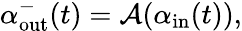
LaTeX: \alpha_{\mathrm{out}}^{-}(t)=\mathcal{A}(\alpha_{\mathrm{in}}(t)),